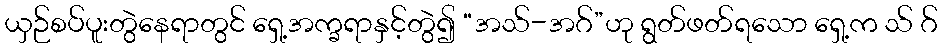
ယှဉ်စပ်ပူးတွဲနေရာတွင် ရှေ့အက္ခရာနှင့်တွဲ၍ “အသ်-အဂ်”ဟု ရွတ်ဖတ်ရသော ရှေ့က သ် ဂ်